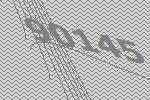
90145